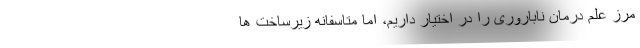
مرز علم درمان ناباروری را در اختیار داریم، اما متاسفانه زیرساخت ها